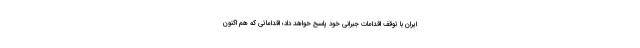
ایران با توقف اقدامات جبرانی خود پاسخ خواهد داد؛ اقداماتی که هم اکنون